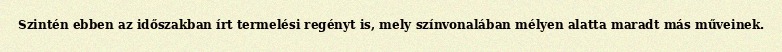
Szintén ebben az időszakban írt termelési regényt is, mely színvonalában mélyen alatta maradt más műveinek.